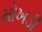
મોખડી